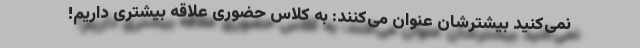
نمی‌کنید بیشترشان عنوان می‌کنند: به کلاس حضوری علاقه بیشتری داریم!